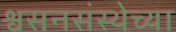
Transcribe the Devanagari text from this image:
श्वसनसंस्थेच्या